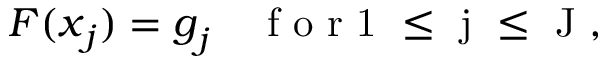
\boldsymbol { F } ( \boldsymbol { x } _ { j } ) = \boldsymbol { g } _ { j } \quad \mathrm { ~ f ~ o ~ r ~ 1 ~ \le ~ j ~ \le ~ J ~ , ~ }